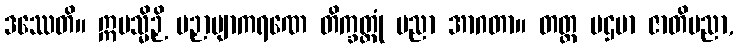
ဒဿေတိ။ ဣမသ္မိဉှိ ပဉှာဗျာကရဏေ တိက္ခတ္တုံ ပညာ အာဂတာ။ တတ္ထ ပဌမာ ဇာတိပညာ,